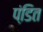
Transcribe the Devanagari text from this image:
पंडि़त